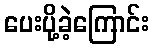
ပေးပို့ခဲ့ကြောင်း